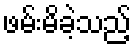
ဖမ်းမိခဲ့သည့်